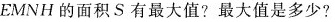
EMNH的面积S有最大值?最大值是多少?